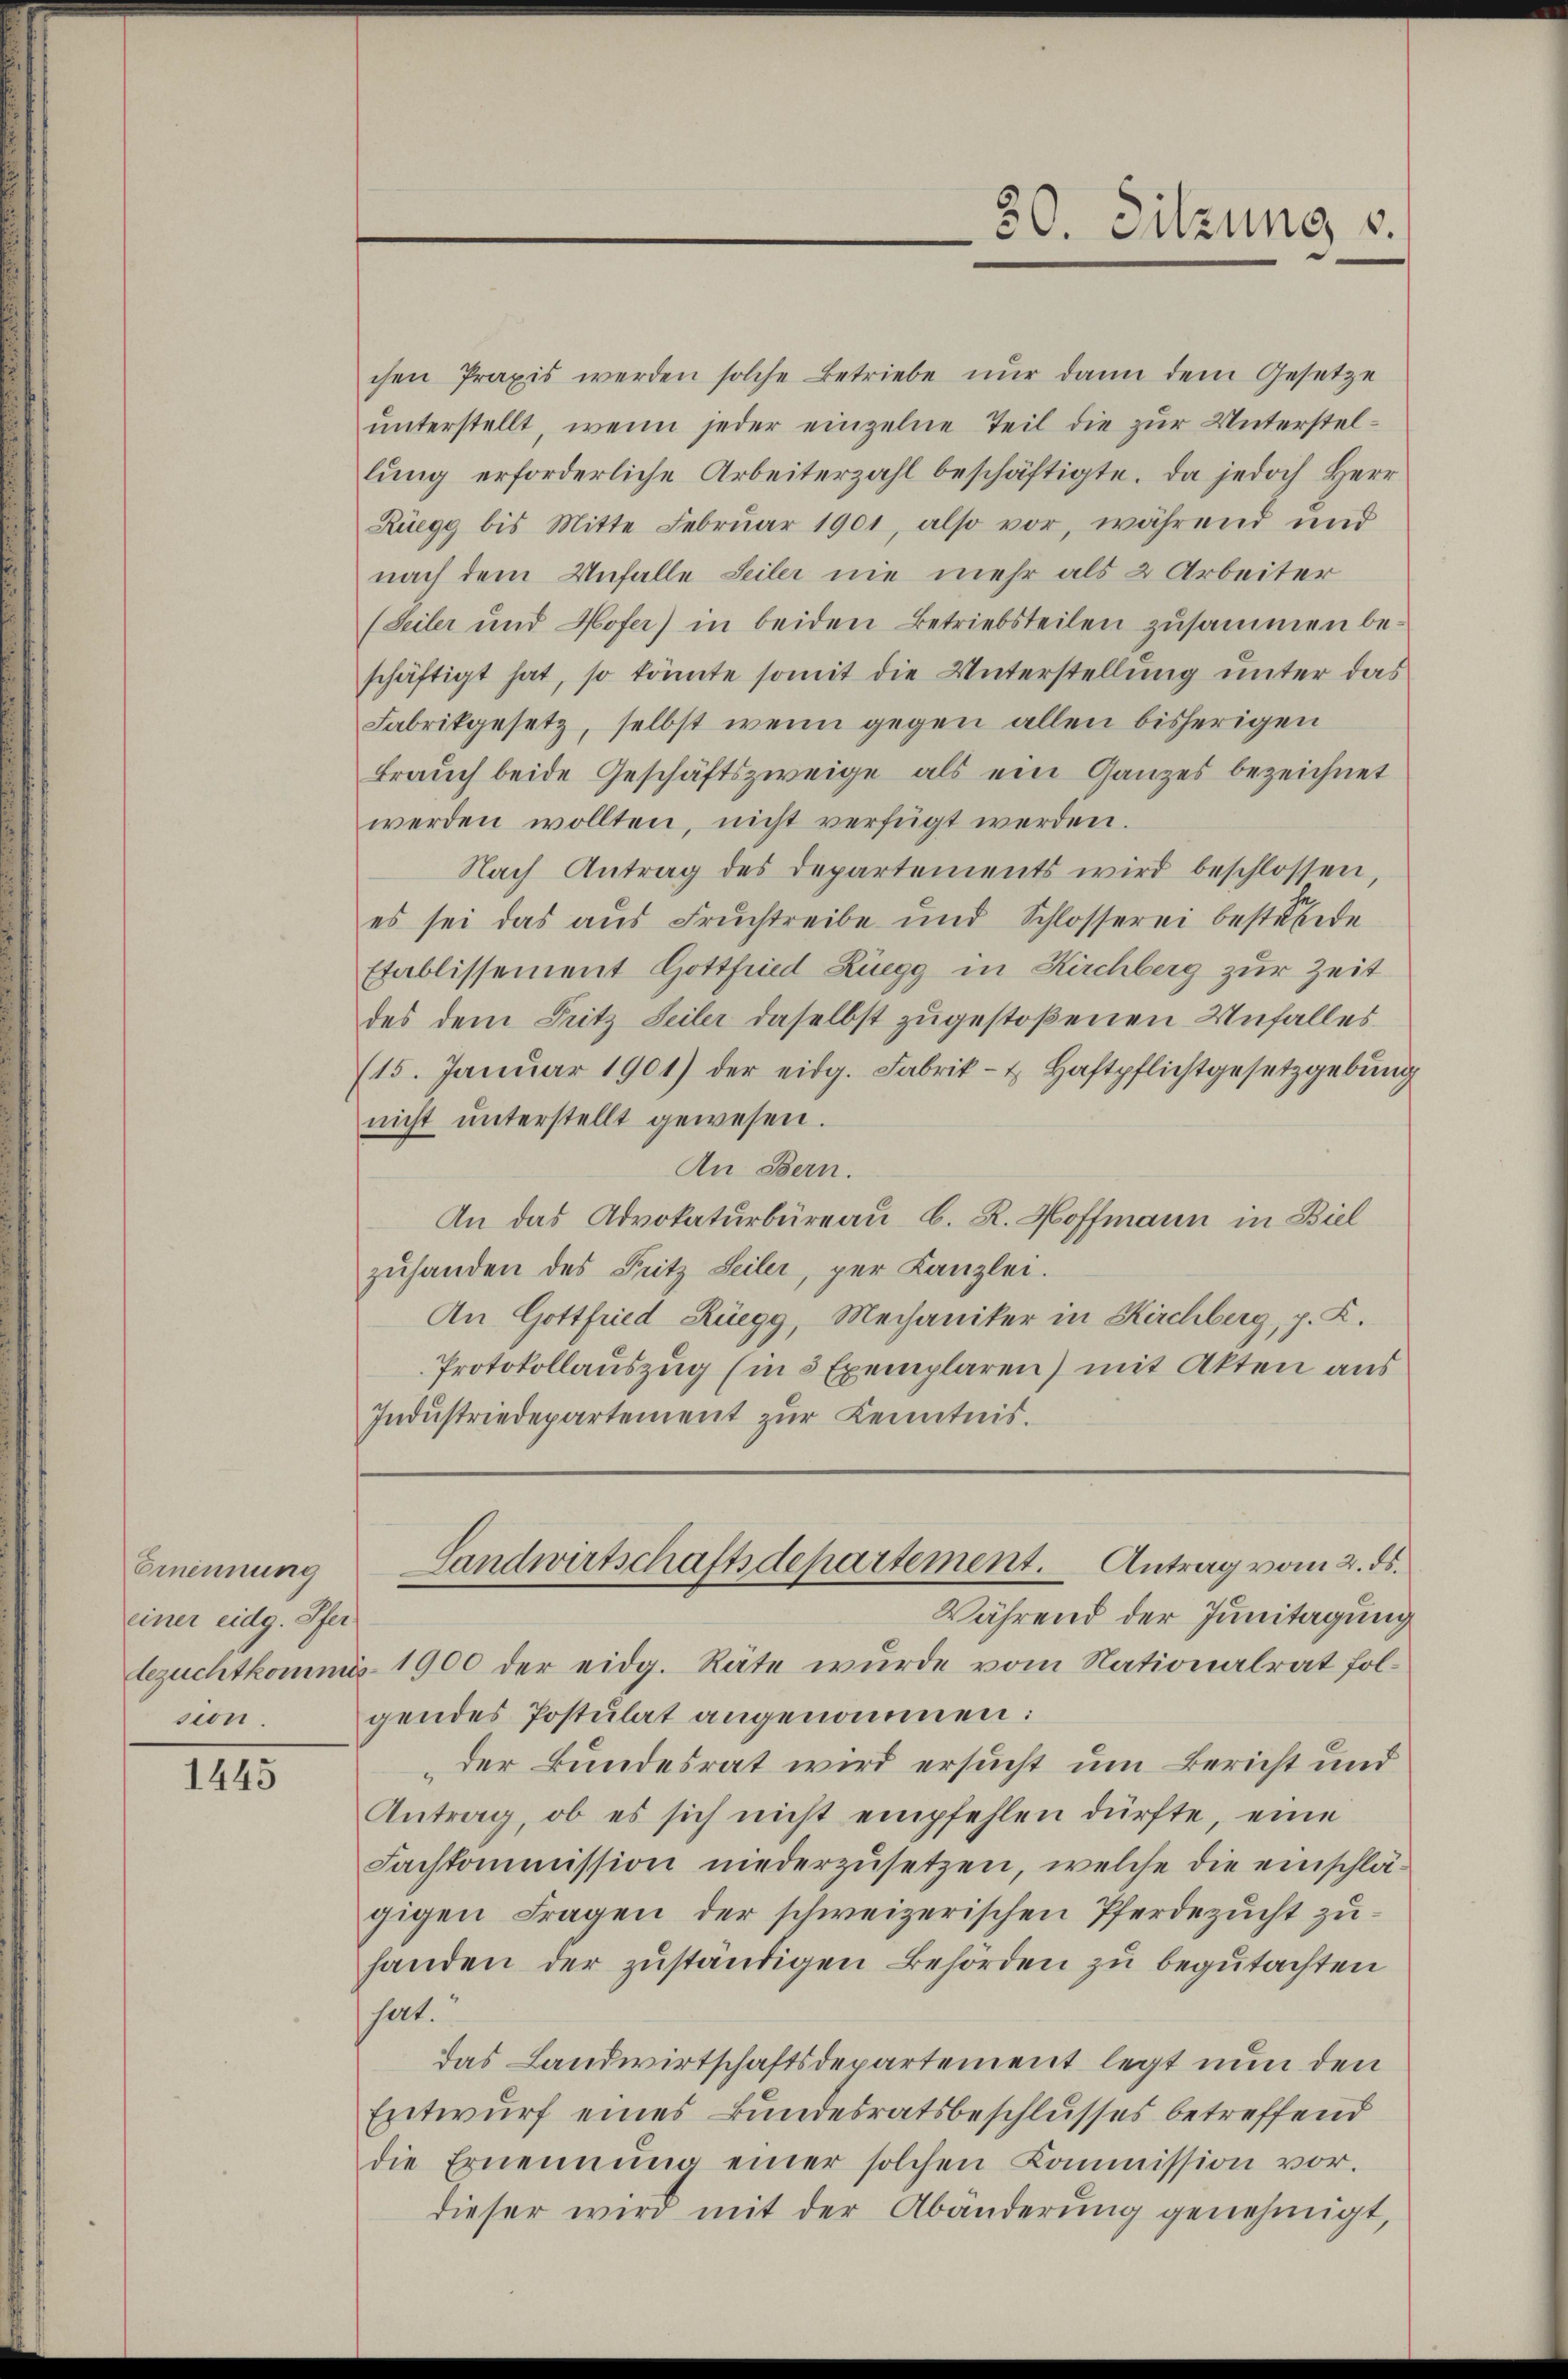
Ernennung
einer eidg. Pfer
sion.

1445

chen Praxis werden solche Betriebe nŭr dann dem Gesetze
unterstellt, wenn jeder einzelne Teil die zur Unterstellŭng erforderliche Arbeiterzahl beschäftigte. Da jedoch Herr
Rüegg bis Mitte Febrŭar 1901, also vor, während und
nach dem Unfalle Seiler nie mehr als 2 Arbeiter
(Seiler und Hofer) in beiden Betriebsteilen zusammen beschäftigt hat, so könnte somit die Unterstellŭng ŭnter das
Fabrikgesetz, selbst wenn gegen allen bisherigen
braŭch beide Geschäftszweige als ein Ganzes bezeichnet
werden wollten, nicht verfügt werden.
Nach Antrag des Departements wird beschlossen,
es sei das aus Fruchtreibe und Schlosserei bestände
Etablissement Gottfried Rüegg in Kirchberg zur Zeit
des dem Fritz Seiler daselbst zugestoßenen Unfalles
(15. Januar 1901) der eidg. Fabrik- u. Haftpflichtgesetzgebung
nicht ŭnterstellt gewesen.
An Bern.
An das Advokaturbüreau C. R. Hoffmann in Biel
zŭhanden des Fritz Seiler, per Kanzlei.
An Gottfried Rüegg, Mechaniker in Kirchberg, p. K.
Protokollauszug (in 5 Exemplaren) mit Akten aus
Industriedepartement zur Kenntnis.

20. Sitzung v.

Landwirtschaftsdepartement. Antrag vom 2. ds.

Während der Junitagung
lezuchtkommis 1900 der eidg. Räte wurde vom Nationalrat folgendes Postulat angenommen:
der Bundesrat wird ersucht um Bericht und
Antrag, ob es sich nicht empfehlen dürfte, eine
Fachkommission niederzusetzen, welche die einschlägigen Fragen der schweizerischen Pferdezucht zuhanden der zuständigen Behörden zu begutachten
hat.
Das Landwirtschaftsdepartement legt nun den
Entwurf eines Bundesratsbeschlusses betreffend
die Ernennung einer solchen Kommission vor.
dieser wird mit der Abänderung genehmigt,